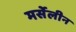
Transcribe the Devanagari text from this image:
मर्सेलीन